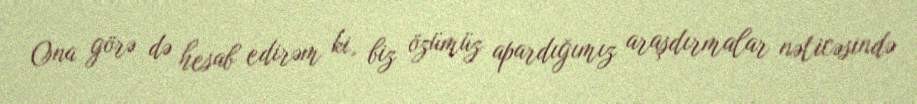
Ona görə də hesab edirəm ki, biz özümüz apardığımız araşdırmalar nəticəsində